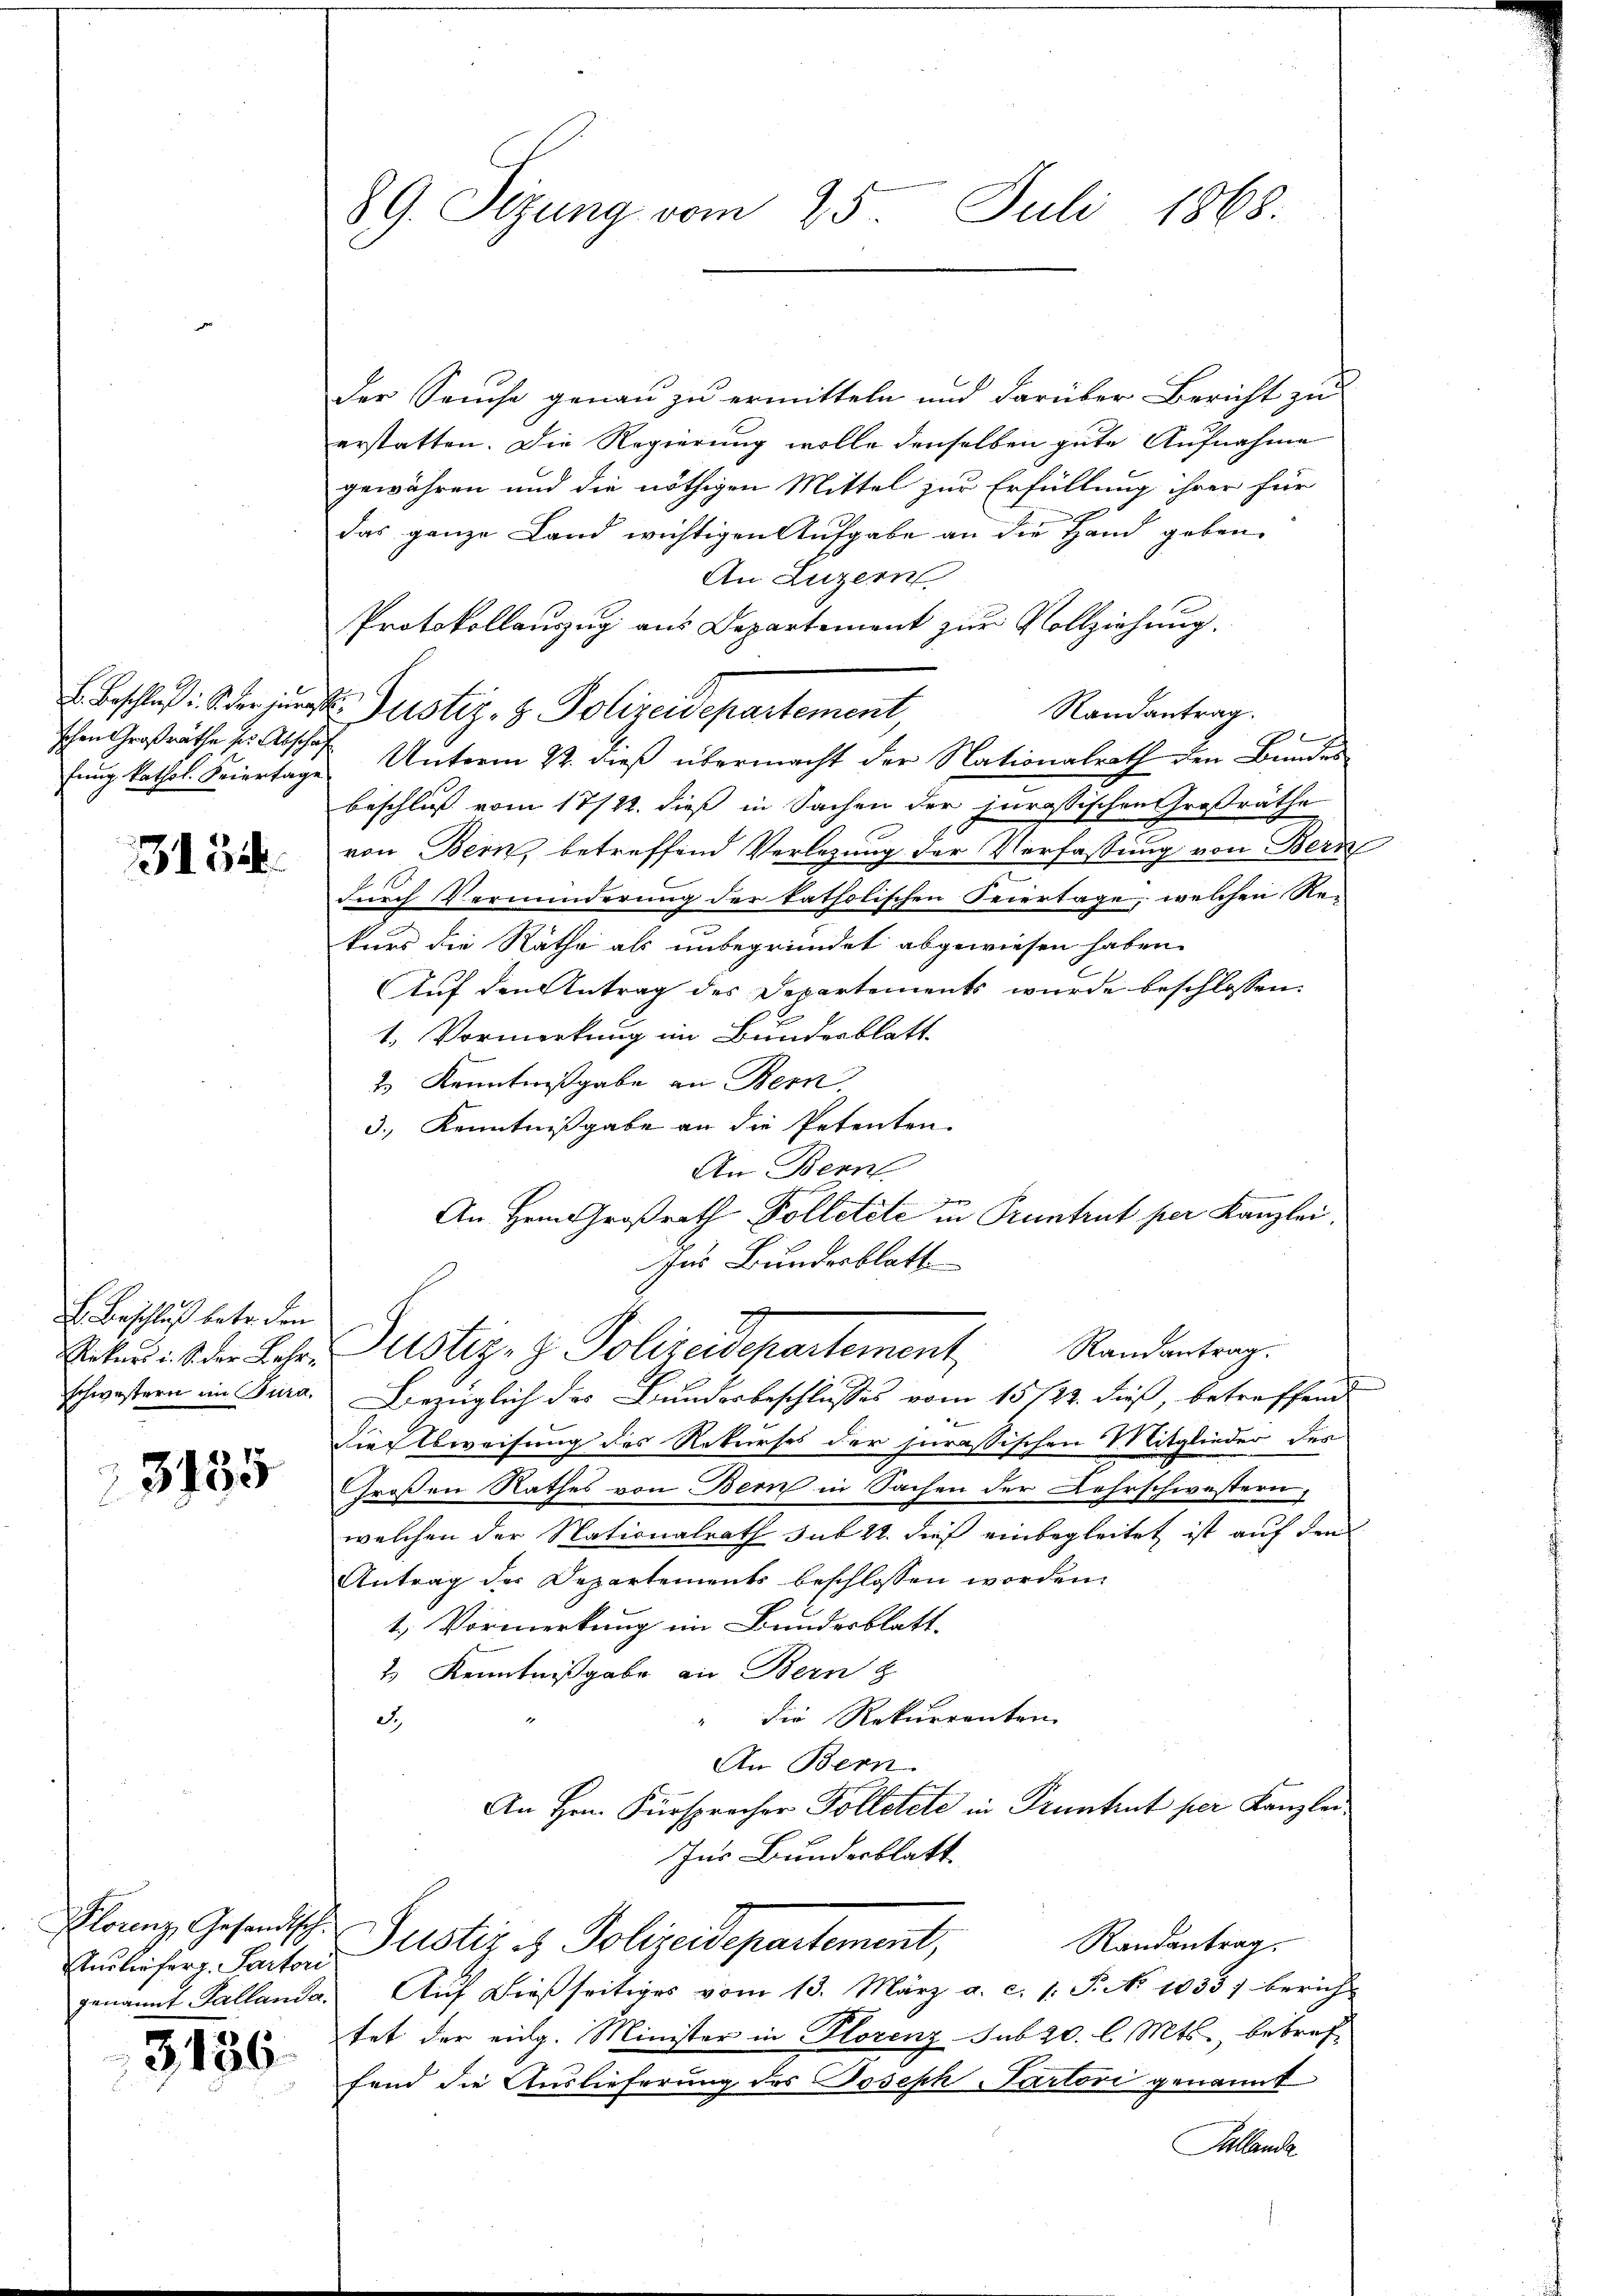
Ichen Großräthe sr. Abschaf

3154

B. Beschluß betr. den

3185

Ausliefer. Partori

3136

89. Sizung vom 25. Juli 1868.

der Seuche genau zu ermitteln und darüber Bericht zu
erstatten. Die Regierung wolle denselben gute Aufnahme
gewähren und die nöthigen Mittel zur Erfüllung ihrer für
das ganze Land wichtigen Aufgabe an die Hand geben,
An Luzern
Protokollauszug aus Departement zur Vollziehung.
Randantrag.
l
fŭng kathol. Feiertage Unterm 22. dieβ übermacht der Nationalrath den Bundes
beschluß vom 17/12. dieß in Sachen der jurassischen Großräthe
von Bern, betreffend Verlegung der Verfassung von Bern
d. 1
durch Verminderung der katholischen Feiertage, welchen Re
kurs die Räthe als unbegründet abgewiesen haben.
Auf den Antrag des Departements wurde beschlossen:
1. Vormerkung im Bundesblatt.
3 Kenntnißgabe an Bern.
3.) Kenntnißgabe an die Petenten.
An Bern
An Hrn. Großrath-Polletete in Pruntrut per Kanzlei.
Zur Bundesblatt
Seten ist der Lehre Zustiz- & Polizeidepartement Randantrag.
schwestern im Cura. Bezüglich des Bundesbeschlusses vom 15. 122. dieß, betreffend
Dielsweisung des Rekurses der jurassischen Mitglieder des
Großen Rathes von Bern in Sachen der Lehrschwestern,
welchen der Nationalrath sub 22. dieß einbegleitet ist auf den
Antrag der Departements beschlossen worden.
1.) Vormerkung im Bundesblatt.
2 Kenntnißgabe an Bern z
" die Rekurrenten
d.,
An Bern.
An Hrn. Fürsprecher Polletete in Pruntrut per Kanzlei
Ins Bundesblatt
Plonnz Gesandtsche Justiz - Polizeidepartement,
Randantrag.
genannt Kallanda. Auf dießseitiges vom 13. März a. c. 1. P. No 1033) berich-
tet der eidg. Minister in Plorenz sub 20. l. Mts., betref
fend die Auslieferung des Joseph Partori genannt
Kallande

Beschluß: der jüngste Justiz- & Polizeidepartement,

s